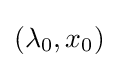
(\lambda _{0},x_{0})